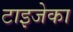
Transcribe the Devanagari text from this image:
टाइजेका